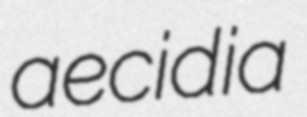
aecidia